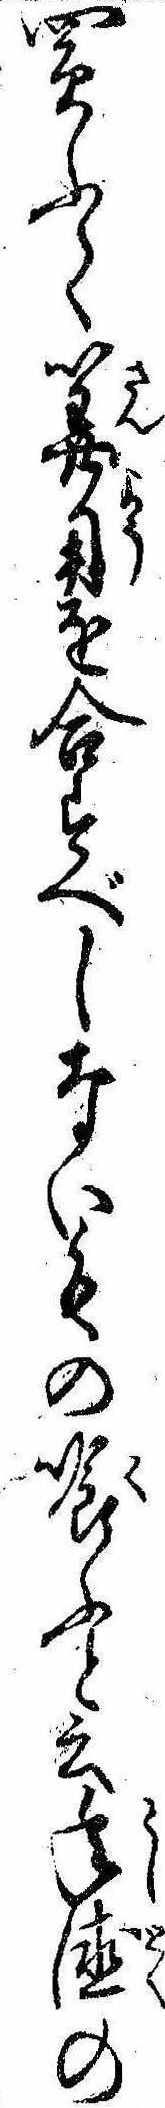
買ふて算用を合すべしないもの喰ふと云年徳の